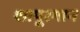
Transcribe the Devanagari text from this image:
शापूरगान